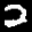
Label: 2